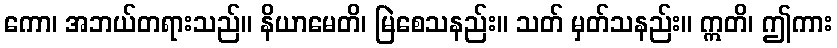
ကော၊ အဘယ်တရားသည်။ နိယာမေတိ၊ မြဲစေသနည်း။ သတ် မှတ်သနည်း။ ဣတိ၊ ဤကား